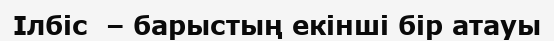
Ілбіс  – барыстың екінші бір атауы